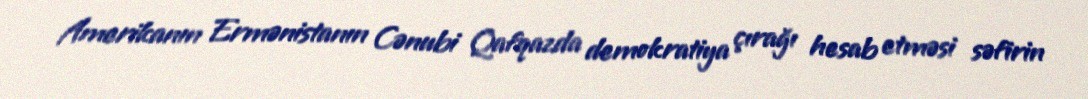
Amerikanın Ermənistanın Cənubi Qafqazda demokratiya çırağı hesab etməsi səfirin